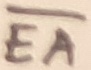
Text: EA